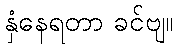
နှံနေရတာ ခင်ဗျ။